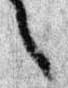
之